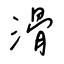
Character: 滑